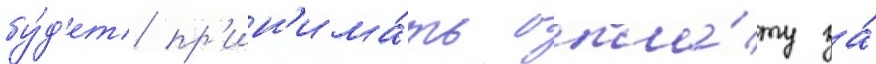
бу́д'ет пр'ин'има́ть опла́ту за́